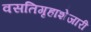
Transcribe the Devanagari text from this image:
वसतिगृहाशेजारी